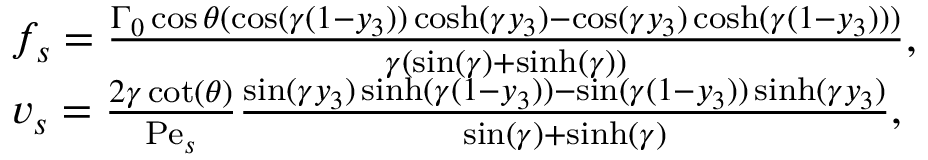
\begin{array} { r l } & { f _ { s } = \frac { \Gamma _ { 0 } \cos \theta ( \cos ( \gamma ( 1 - y _ { 3 } ) ) \cosh ( \gamma y _ { 3 } ) - \cos ( \gamma y _ { 3 } ) \cosh ( \gamma ( 1 - y _ { 3 } ) ) ) } { \gamma ( \sin ( \gamma ) + \sinh ( \gamma ) ) } , } \\ & { v _ { s } = \frac { 2 \gamma \cot ( \theta ) } { \mathrm { P e } _ { s } } \frac { \sin ( \gamma y _ { 3 } ) \sinh ( \gamma ( 1 - y _ { 3 } ) ) - \sin ( \gamma ( 1 - y _ { 3 } ) ) \sinh ( \gamma y _ { 3 } ) } { \sin ( \gamma ) + \sinh ( \gamma ) } , } \end{array}